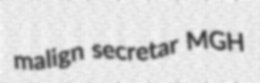
malign secretar MGH